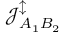
\mathcal { J } _ { A _ { 1 } B _ { 2 } } ^ { \updownarrow }